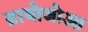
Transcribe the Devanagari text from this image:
ब्रायोजोआ